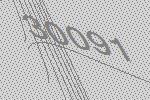
30091